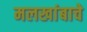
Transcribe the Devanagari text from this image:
मलखांबाचे